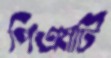
পিএমটি